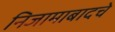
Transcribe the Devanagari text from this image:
निजामाबादचे